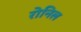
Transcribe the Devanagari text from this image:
रोनिल